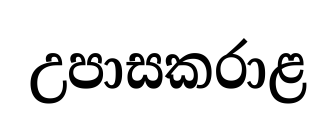
උපාසකරාළ